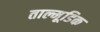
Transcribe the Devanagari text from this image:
ताल्मूडिक